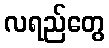
လရည်တွေ